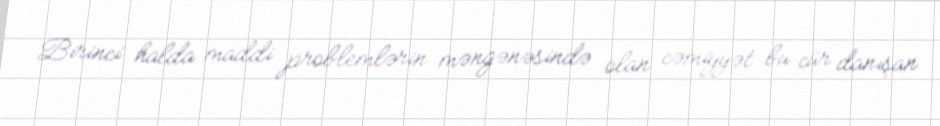
Birinci halda maddi problemlərin məngənəsində olan cəmiyyət bu cür danışan